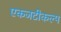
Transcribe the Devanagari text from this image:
एकजटीकल्प